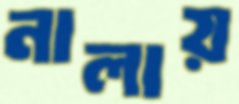
নালায়